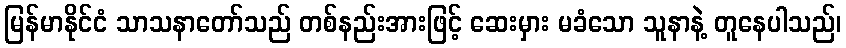
မြန်မာနိုင်ငံ သာသနာတော်သည် တစ်နည်းအားဖြင့် ဆေးမှား မခံသော သူနာနဲ့ တူနေပါသည်၊